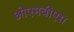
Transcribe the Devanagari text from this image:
ओएमबीएस